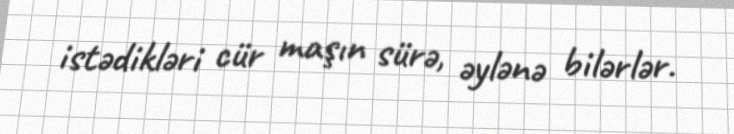
istədikləri cür maşın sürə, əylənə bilərlər.